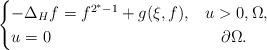
LaTeX: \begin{align*} \begin{cases} -\Delta_H f=f^{2^*-1}+g(\xi,f), &u>0, \Omega,\\ u=0&\quad\partial\Omega. \end{cases}\end{align*}